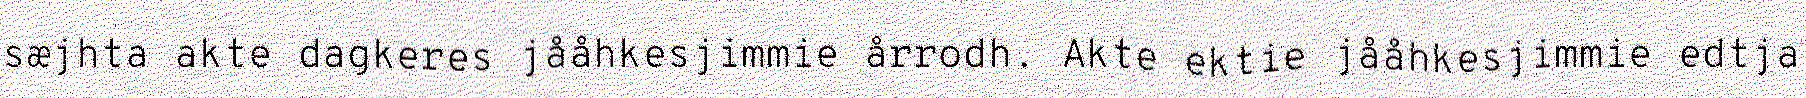
sæjhta akte dagkeres jååhkesjimmie årrodh. Akte ektie jååhkesjimmie edtja